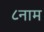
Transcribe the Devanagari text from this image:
८नाम